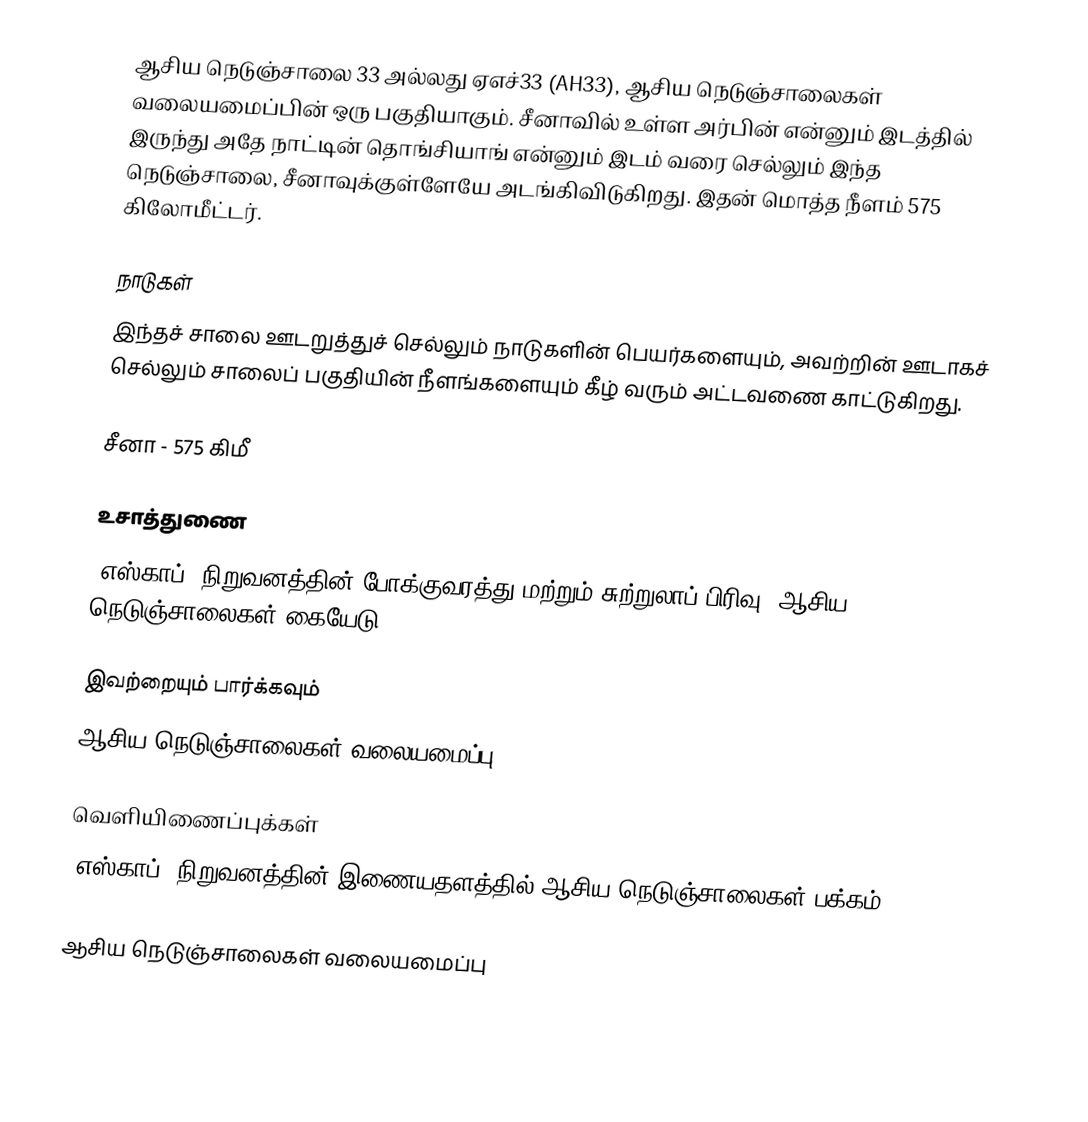
ஆசிய நெடுஞ்சாலை 33 அல்லது ஏஎச்33 (AH33), ஆசிய நெடுஞ்சாலைகள் வலையமைப்பின் ஒரு பகுதியாகும். சீனாவில் உள்ள அர்பின் என்னும் இடத்தில் இருந்து அதே நாட்டின் தொங்சியாங் என்னும் இடம் வரை செல்லும் இந்த நெடுஞ்சாலை, சீனாவுக்குள்ளேயே அடங்கிவிடுகிறது. இதன் மொத்த நீளம் 575 கிலோமீட்டர்.

நாடுகள்
இந்தச் சாலை ஊடறுத்துச் செல்லும் நாடுகளின் பெயர்களையும், அவற்றின் ஊடாகச் செல்லும் சாலைப் பகுதியின் நீளங்களையும் கீழ் வரும் அட்டவணை காட்டுகிறது.

 சீனா - 575 கிமீ

உசாத்துணை
 "எஸ்காப்" நிறுவனத்தின் போக்குவரத்து மற்றும் சுற்றுலாப் பிரிவு, ஆசிய நெடுஞ்சாலைகள் கையேடு , 2003.

இவற்றையும் பார்க்கவும்
 ஆசிய நெடுஞ்சாலைகள் வலையமைப்பு

வெளியிணைப்புக்கள்
 "எஸ்காப்" நிறுவனத்தின் இணையதளத்தில் ஆசிய நெடுஞ்சாலைகள் பக்கம்

 ஆசிய நெடுஞ்சாலைகள் வலையமைப்பு